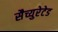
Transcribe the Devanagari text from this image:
सैच्युरेटेड